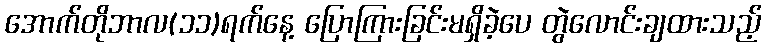
အောက်တိုဘာလ(၁၁)ရက်နေ့ ပြောကြားခြင်းမရှိခဲ့ပေ တွဲလောင်းချထားသည့်